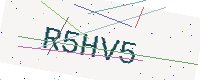
Text: R5HV5